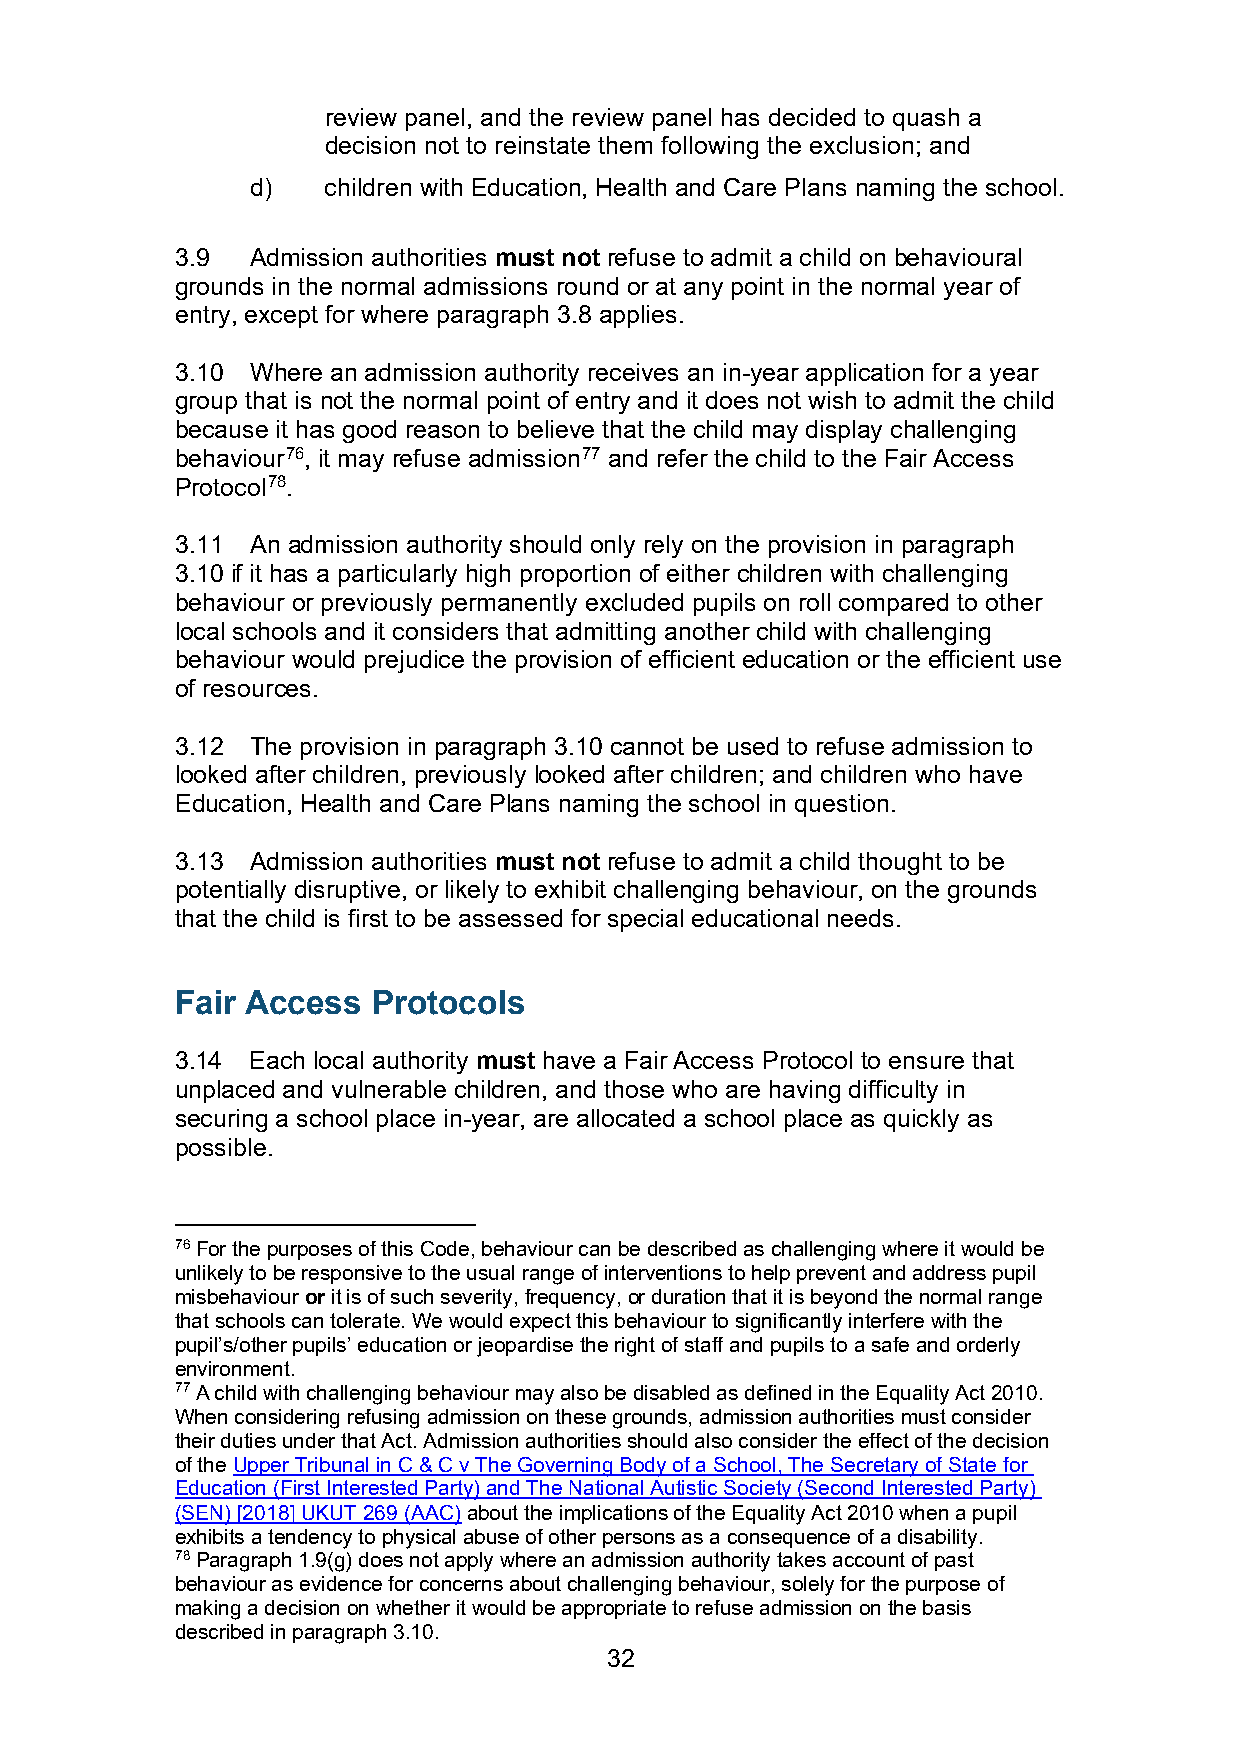
review panel, and the review panel has decided to quash a
 decision not to reinstate them following the exclusion; and
 d)   children with Education, Health and Care Plans naming the school.
 3.9  Admission authorities must not refuse to admit a child on behavioural
 grounds in the normal admissions round or at any point in the normal year of
 entry, except for where paragraph 3.8 applies.
 3.10 Where an admission authority receives an in-year application for a year
 group that is not the normal point of entry and it does not wish to admit the child
 because it has good reason to believe that the child may display challenging
 behaviour76, it may refuse admission77 and refer the child to the Fair Access
 Protocol78.
 3.11 An admission authority should only rely on the provision in paragraph
 3.10 if it has a particularly high proportion of either children with challenging
 behaviour or previously permanently excluded pupils on roll compared to other
 local schools and it considers that admitting another child with challenging
 behaviour would prejudice the provision of efficient education or the efficient use
 of resources.
 3.12 The provision in paragraph 3.10 cannot be used to refuse admission to
 looked after children, previously looked after children; and children who have
 Education, Health and Care Plans naming the school in question.
 3.13 Admission authorities must not refuse to admit a child thought to be
 potentially disruptive, or likely to exhibit challenging behaviour, on the grounds
 that the child is first to be assessed for special educational needs.
 Fair Access  Protocols
 3.14 Each local authority must have a Fair Access Protocol to ensure that
 unplaced and vulnerable children, and those who are having difficulty in
 securing a school place in-year, are allocated a school place as quickly as
 possible.
 76 For the purposes of this Code, behaviour can be described as challenging where it would be
 unlikely to be responsive to the usual range of interventions to help prevent and address pupil
 misbehaviour or it is of such severity, frequency, or duration that it is beyond the normal range
 that schools can tolerate. We would expect this behaviour to significantly interfere with the
 pupil’s/other pupils’ education or jeopardise the right of staff and pupils to a safe and orderly
 environment.
 77 A child with challenging behaviour may also be disabled as defined in the Equality Act 2010.
 When considering refusing admission on these grounds, admission authorities must consider
 their duties under that Act. Admission authorities should also consider the effect of the decision
 of the Upper Tribunal in C & C v The Governing Body of a School, The Secretary of State for
 Education (First Interested Party) and The National Autistic Society (Second Interested Party)
 (SEN) [2018] UKUT 269 (AAC) about the implications of the Equality Act 2010 when a pupil
 exhibits a tendency to physical abuse of other persons as a consequence of a disability.
 78 Paragraph 1.9(g) does not apply where an admission authority takes account of past
 behaviour as evidence for concerns about challenging behaviour, solely for the purpose of
 making a decision on whether it would be appropriate to refuse admission on the basis
 described in paragraph 3.10.
 32